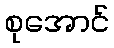
စုအောင်